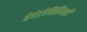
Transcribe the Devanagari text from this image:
हेपेटोबिलियरी